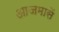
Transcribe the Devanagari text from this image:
आजमासें